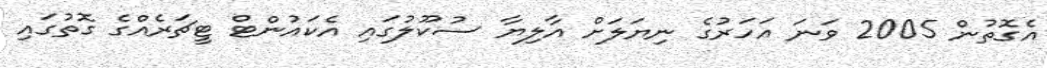
އެގޮތުން 2005 ވަނަ އަހަރުގެ ނިޔަލަށް އާލިޔާ ސުކޫލުގައި އެކައުންޓް ޓީޗަރެއްގެ ގޮތުގައި